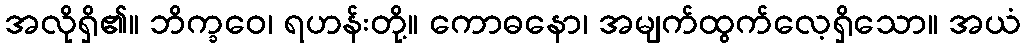
အလိုရှိ၏။ ဘိက္ခဝေ၊ ရဟန်းတို့။ ကောဓနော၊ အမျက်ထွက်လေ့ရှိသော။ အယံ